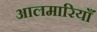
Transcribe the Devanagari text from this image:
आलमारियाँ